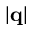
| \mathbf { q } |